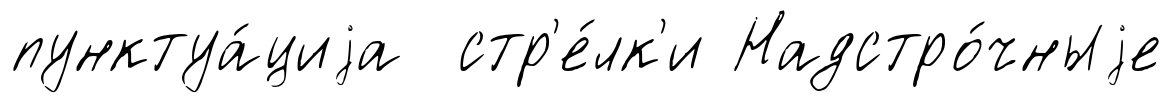
пунктуа́циjа стр'е́лк'и Надстро́чныjе